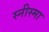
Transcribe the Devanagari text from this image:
स्नीस्मा